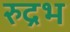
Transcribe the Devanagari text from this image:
रुद्रभ